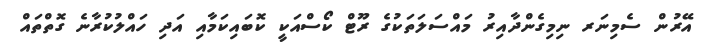
އޭރުން ސެމިނަރ ނިމިގެންދާއިރު މައްސަލަތަަކުގެ ރޫޓް ކޯސްއަކީ ކޮބައިކަމާއި އަދި ހައްލުކުރާނެ ގޮތްތައް